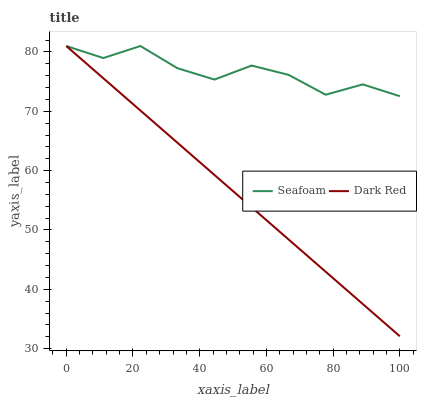
| xaxis_label | Seafoam | Dark Red |
 | --- | --- | --- |
 | 0 | 81 | 81 |
 | 11.1 | 79 | 75.6 |
 | 22.2 | 81 | 70.1 |
 | 33.3 | 77.3 | 64.7 |
 | 44.4 | 75.3 | 59.3 |
 | 55.6 | 77.7 | 53.8 |
 | 66.7 | 76.1 | 48.4 |
 | 77.8 | 72.8 | 43 |
 | 88.9 | 74.5 | 37.5 |
 | 100 | 72.5 | 32.1 |